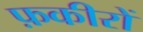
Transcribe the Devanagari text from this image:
फ़कीरों